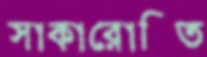
স্বাকারোক্তি